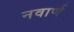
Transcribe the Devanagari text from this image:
नवार्ण